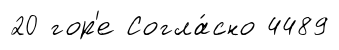
20 гор'е Согла́сно 4489